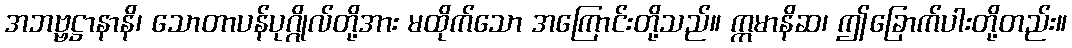
အဘဗ္ဗဋ္ဌာနာနိ၊ သောတာပန်ပုဂ္ဂိုလ်တို့အား မထိုက်သော အကြောင်းတို့သည်။ ဣမာနိဆ၊ ဤခြောက်ပါးတို့တည်း။